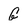
Character: G